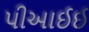
પીઆઈઈ